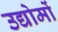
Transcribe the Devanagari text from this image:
उद्योमों